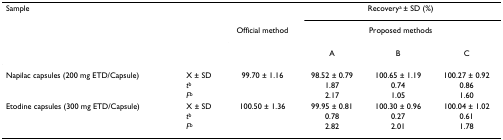
| Sample |  |  | <COLSPAN=3> Recoverya ± SD (%) |
 |  |  | Official method | <COLSPAN=3> Proposed methods |
 |  |  |  | A | B | C |
 | --- | --- | --- | --- | --- | --- |
 | Napilac capsules (200 mg ETD/Capsule) | X ± SD | 99.70 ± 1.16 | 98.52 ± 0.79 | 100.65 ± 1.19 | 100.27 ± 0.92 |
 |  | tb |  | 1.87 | 0.74 | 0.86 |
 |  | Fb |  | 2.17 | 1.05 | 1.60 |
 | Etodine capsules (300 mg ETD/Capsule) | X ± SD | 100.50 ± 1.36 | 99.95 ± 0.81 | 100.30 ± 0.96 | 100.04 ± 1.02 |
 |  | tb |  | 0.78 | 0.27 | 0.61 |
 |  | Fb |  | 2.82 | 2.01 | 1.78 |